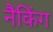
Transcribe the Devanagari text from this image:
नैकिंग